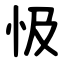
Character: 忣